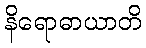
နိရောဓာယာတိ